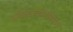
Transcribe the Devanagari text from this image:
संकेतप्रयोगविज्ञान